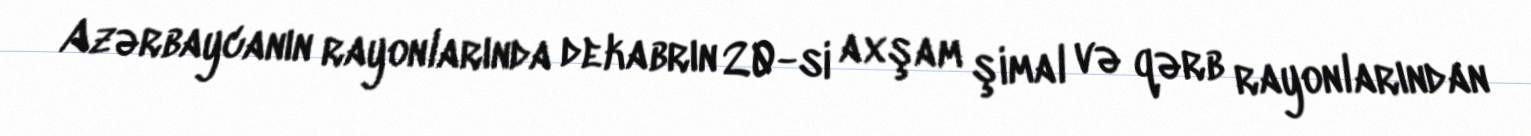
Azərbaycanın rayonlarında dekabrın 20-si axşam şimal və qərb rayonlarından